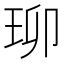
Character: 珋